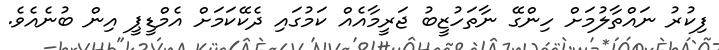
ފިކުރު ނައްތާލުމަށް ހިންގޭ ނާތަހުޒީބު ޖަރީމާއެއް ކަމުގައި ދެކޭކަމަށް އެމްޑީޕީ އިން ބުނެއެވެ.